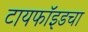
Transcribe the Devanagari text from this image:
टायफॉइडचा